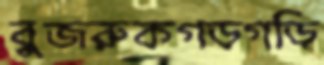
বুজরুকগড়গড়ি